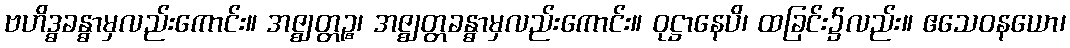
ဗဟိဒ္ဓခန္ဓာမှလည်းကောင်း။ အဇ္ဈတ္တဉ္စ၊ အဇ္ဈတ္တခန္ဓာမှလည်းကောင်း။ ဝုဋ္ဌာနေပိ၊ ထခြင်း၌လည်း။ ဧသေဝနယော၊